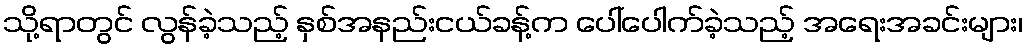
သို့ရာတွင် လွန်ခဲ့သည့် နှစ်အနည်းငယ်ခန့်က ပေါ်ပေါက်ခဲ့သည့် အရေးအခင်းများ၊